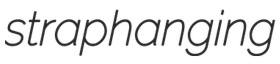
straphanging